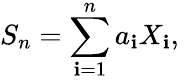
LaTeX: S_{n}=\sum_{\mathbf{i}=1}^{n}a_{\mathbf{i}}X_{\mathbf{i}},\,